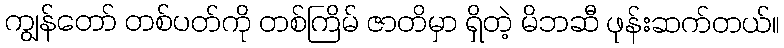
ကျွန်တော် တစ်ပတ်ကို တစ်ကြိမ် ဇာတိမှာ ရှိတဲ့ မိဘဆီ ဖုန်းဆက်တယ်။